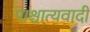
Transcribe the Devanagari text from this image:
पाश्चात्यवादी